Serum-therapy of plague in India - Number 20
Disease focus: Plague
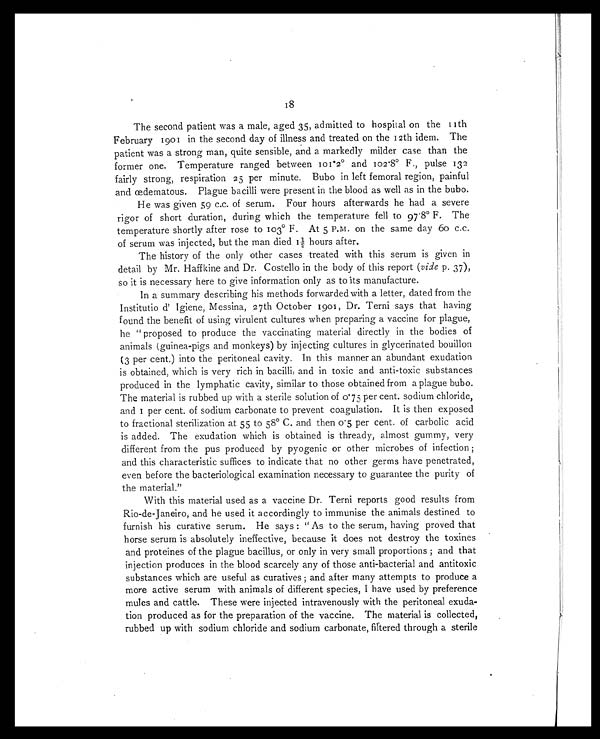
18
The second patient was a male, aged 35, admitted to hospital on the 11th
February 1901 in the second day of illness and treated on the 12th idem. The
patient was a strong man, quite sensible, and a markedly milder case than the
former one. Temperature ranged between 101.2° and 102.8º F., pulse 132
fairly strong, respiration 25 per minute. Bubo in left femoral region, painful
and œdematous. Plague bacilli were present in the blood as well as in the bubo.
He was given 59 c.c. of serum. Four hours afterwards he had a severe
rigor of short duration, during which the temperature fell to 97.8° F. The
temperature shortly after rose to 103° F. At 5 P.M. on the same day 60 c.c.
of serum was injected, but the man died 1½ hours after.
The history of the only other cases treated with this serum is given in
detail by Mr. Haffkine and Dr. Costello in the body of this report ( vide p. 37),
so it is necessary here to give information only as to its manufacture.
In a summary describing his methods forwarded with a letter, dated from the
Institutio d' Igiene, Messina, 27th October 1901, Dr. Terni says that having
found the benefit of using virulent cultures when preparing a vaccine for plague,
he "proposed to produce the vaccinating material directly in the bodies of
animals (guinea-pigs and monkeys) by injecting cultures in glycerinated bouillon
(3 per cent.) into the peritoneal cavity. In this manner an abundant exudation
is obtained, which is very rich in bacilli, and in toxic and anti-toxic substances
produced in the lymphatic cavity, similar to those obtained from a plague bubo.
The material is rubbed up with a sterile solution of 0.75 per cent. sodium chloride,
and 1 per cent. of sodium carbonate to prevent coagulation. It is then exposed
to fractional sterilization at 55 to 58° C. and then 0.5 per cent. of carbolic acid
is added. The exudation which is obtained is thready, almost gummy, very
different from the pus produced by pyogenic or other microbes of infection ;
and this characteristic suffices to indicate that no other germs have penetrated,
even before the bacteriological examination necessary to guarantee the purity of
the material."
With this material used as a vaccine Dr. Terni reports good results from
Rio-de-Janeiro, and he used it accordingly to immunise the animals destined to
furnish his curative serum. He says : "As to the serum, having proved that
horse serum is absolutely ineffective, because it does not destroy the toxines
and proteines of the plague bacillus, or only in very small proportions ; and that
injection produces in the blood scarcely any of those anti-bacterial and antitoxic
substances which are useful as curatives ; and after many attempts to produce a
more active serum with animals of different species, I have used by preference
mules and cattle. These were injected intravenously with the peritoneal exuda-
tion produced as for the preparation of the vaccine. The material is collected,
rubbed up with sodium chloride and sodium carbonate, filtered through a sterile